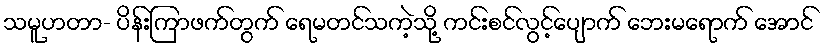
သမူဟတာ- ပိန်းကြာဖက်တွက် ရေမတင်သကဲ့သို့ ကင်းစင်လွင့်ပျောက် ဘေးမရောက် အောင်